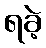
ရခဲ့